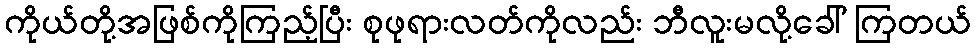
ကိုယ်တို့အဖြစ်ကိုကြည့်ပြီး စုဖုရားလတ်ကိုလည်း ဘီလူးမလို့ခေါ် ကြတယ်